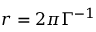
r = 2 \pi \Gamma ^ { - 1 }